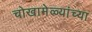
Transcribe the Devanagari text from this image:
चोखामेळ्यांच्या